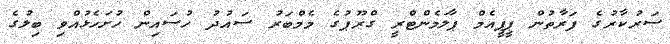
ސަރުކާރުގެ ފަރާތުން ޕީޕީއެމް ޕާލަމެންޓްރީ ގްރޫޕުގެ މެމްބަރު ސައުދު ހުސައިން ހުށަހެޅުއްވި ބިލުގެ